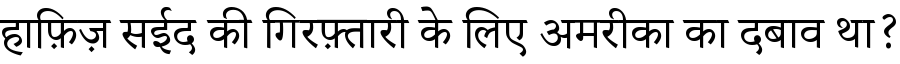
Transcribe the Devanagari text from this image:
हाफ़िज़ सईद की गिरफ़्तारी के लिए अमरीका का दबाव था?